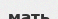
мать